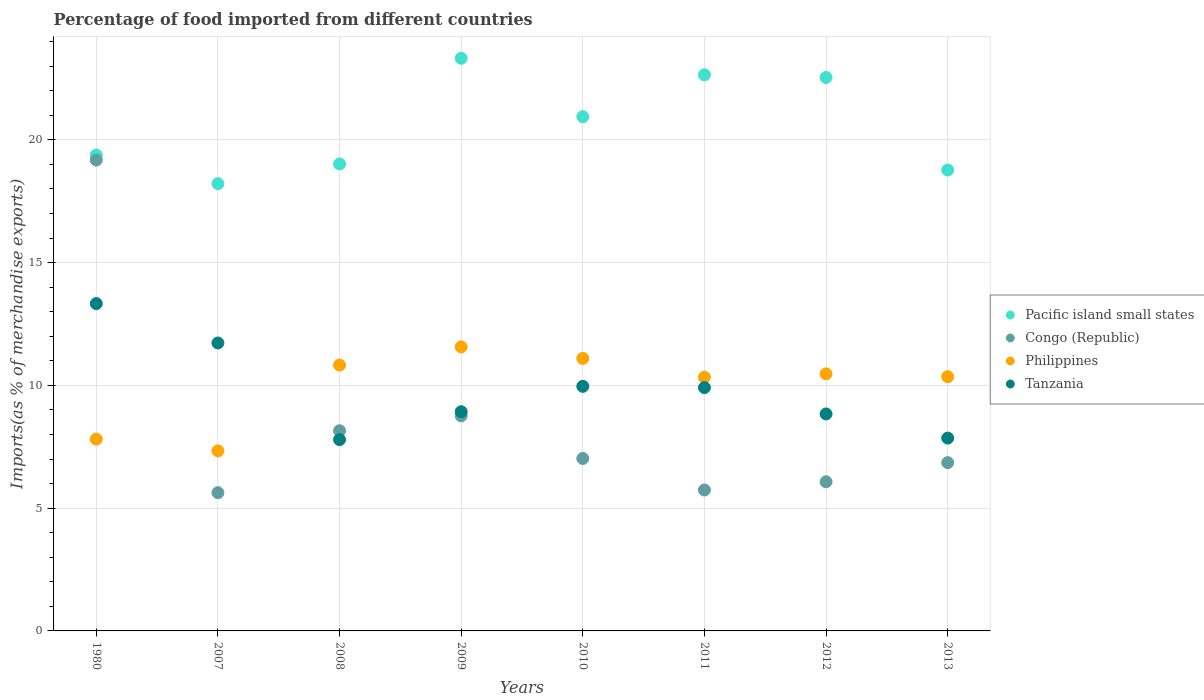
| Years | Pacific island small states | Congo (Republic) | Philippines | Tanzania |
 | --- | --- | --- | --- | --- |
 | 1980 | 19.4 | 19.2 | 7.81 | 13.3 |
 | 2007 | 18.2 | 5.63 | 7.33 | 11.7 |
 | 2008 | 19 | 8.15 | 10.8 | 7.79 |
 | 2009 | 23.3 | 8.76 | 11.6 | 8.93 |
 | 2010 | 20.9 | 7.02 | 11.1 | 9.96 |
 | 2011 | 22.6 | 5.74 | 10.3 | 9.91 |
 | 2012 | 22.5 | 6.07 | 10.5 | 8.84 |
 | 2013 | 18.8 | 6.85 | 10.4 | 7.85 |